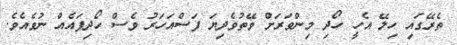
ތެރޭގައި ހިލޭ އެހީ ހޯދި މިންވަރަށް ވޭތުވެދިޔަ ފަސްއަހަރު ވެސް ހޯދިފައެއް ނުވެއެވެ.